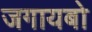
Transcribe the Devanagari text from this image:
जगायबो